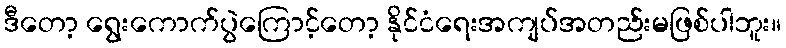
ဒီတော့ ရွေးကောက်ပွဲကြောင့်တော့ နိုင်ငံရေးအကျပ်အတည်းမဖြစ်ပါဘူး။